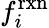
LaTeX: f_{i}^{\mathrm{rxn}}